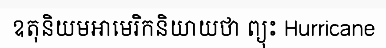
ឧតុនិយមអាមេរិកនិយាយថា ព្យុះ Hurricane